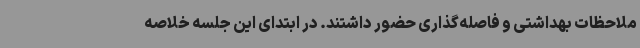
ملاحظات بهداشتی و فاصله‌گذاری حضور داشتند. در ابتدای این جلسه خلاصه